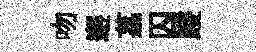
吻邂荔囚躞